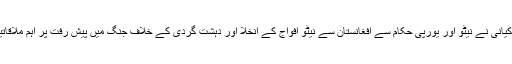
جنرل کیانی نے نیٹو اور یورپی حکام سے افغانستان سے نیٹو افواج کے انخلا اور دہشت گردی کے خلاف جنگ میں پیش رفت پر اہم ملاقاتیں کیں۔